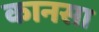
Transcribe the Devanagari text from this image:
कानसा